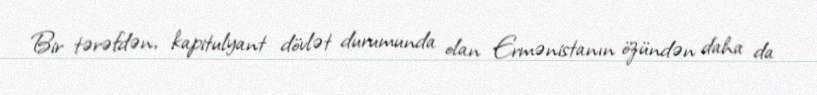
Bir tərəfdən, kapitulyant dövlət durumunda olan Ermənistanın özündən daha da